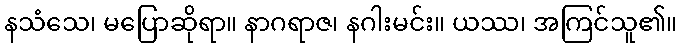
နသံသေ၊ မပြောဆိုရာ။ နာဂရာဇ၊ နဂါးမင်း။ ယဿ၊ အကြင်သူ၏။